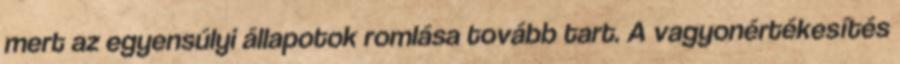
mert az egyensúlyi állapotok romlása tovább tart. A vagyonértékesítés